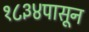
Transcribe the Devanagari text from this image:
१८३४पासून